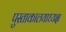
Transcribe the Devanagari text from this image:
पुस्ताकालयाध्यक्ष